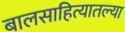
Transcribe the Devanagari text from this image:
बालसाहित्यातल्या